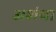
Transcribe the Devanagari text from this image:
अशंथा